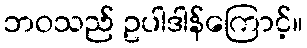
ဘဝသည် ဥပါဒါန်ကြောင့်။